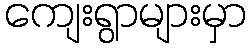
ကျေးရွာများမှာ